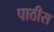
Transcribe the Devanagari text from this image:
पाठीस